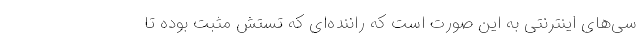
سی‌های اینترنتی به این صورت است که راننده‌ای که تستش مثبت بوده تا